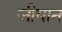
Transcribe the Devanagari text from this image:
जीयान